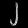
Digit: ၂